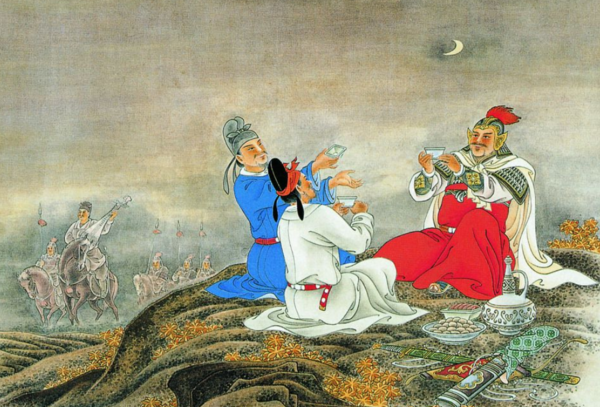
大漠西风急，黄榆凉叶飞。